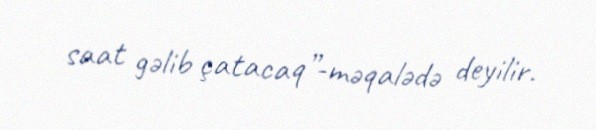
saat gəlib çatacaq”-məqalədə deyilir.